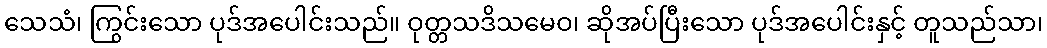
သေသံ၊ ကြွင်းသော ပုဒ်အပေါင်းသည်။ ဝုတ္တသဒိသမေဝ၊ ဆိုအပ်ပြီးသော ပုဒ်အပေါင်းနှင့် တူသည်သာ၊